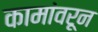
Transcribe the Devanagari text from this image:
कामांवरून